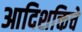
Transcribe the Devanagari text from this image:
आदिशक्तिचे